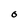
Character: 0